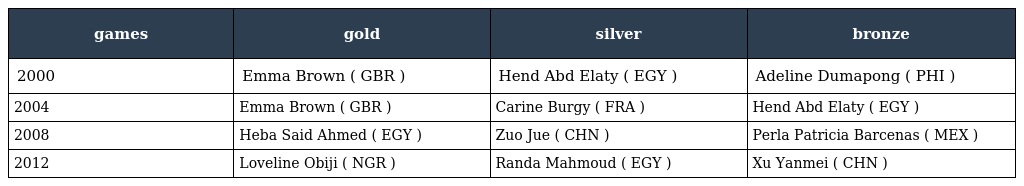
| games | gold | silver | bronze |
 | --- | --- | --- | --- |
 | 2000 | Emma Brown ( GBR ) | Hend Abd Elaty ( EGY ) | Adeline Dumapong ( PHI ) |
 | 2004 | Emma Brown ( GBR ) | Carine Burgy ( FRA ) | Hend Abd Elaty ( EGY ) |
 | 2008 | Heba Said Ahmed ( EGY ) | Zuo Jue ( CHN ) | Perla Patricia Barcenas ( MEX ) |
 | 2012 | Loveline Obiji ( NGR ) | Randa Mahmoud ( EGY ) | Xu Yanmei ( CHN ) |